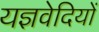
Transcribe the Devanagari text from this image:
यज्ञवेदियों